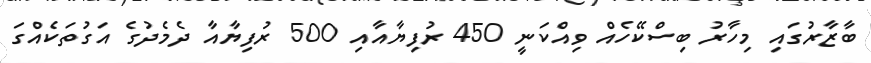
ބާޒާރުގައި މިހާރު ބިސްކޭހެއް ވިއްކަނީ 450 ރުފިޔާއާއި 500 ރުފިޔާއާ ދެމެދުގެ އަގުތަކެއްގަ